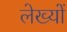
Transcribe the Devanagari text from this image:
लेख्यों